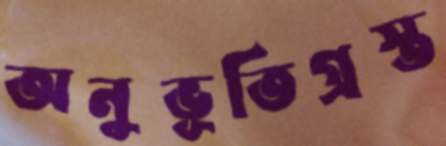
অনুভূতিগ্রস্ত